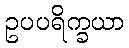
ဥပပရိက္ခယာ